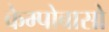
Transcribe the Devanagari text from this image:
केम्पोबासो